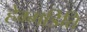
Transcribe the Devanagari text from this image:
हेग्गडिति